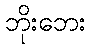
ဘိုးဘေး